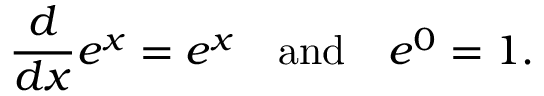
{ \frac { d } { d x } } e ^ { x } = e ^ { x } \quad { \mathrm { a n d } } \quad e ^ { 0 } = 1 .